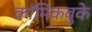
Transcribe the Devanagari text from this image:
कॉमिकबुके